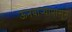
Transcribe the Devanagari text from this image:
ऊनवार्‍यापासून